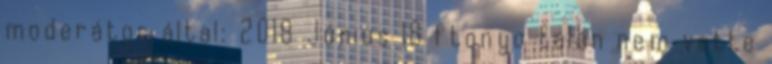
moderátor által: 2018 Június 18 ftonyo talán nem vette